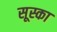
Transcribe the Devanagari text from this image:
सूस्का